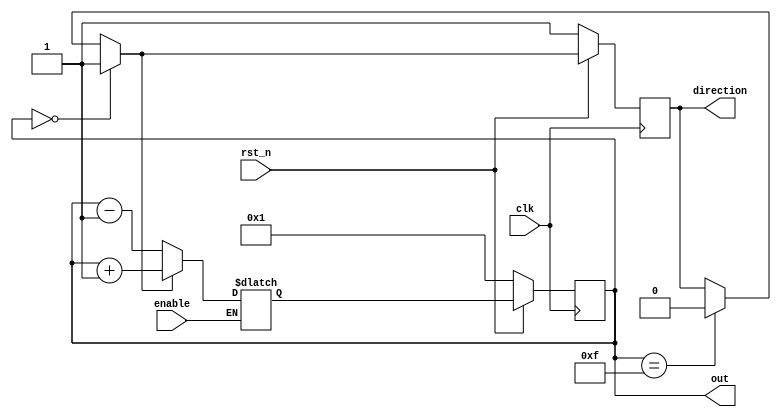
`timescale 1ns/1ps

module Ping_Pong_Counter (clk, rst_n, enable, direction, out);

input clk;
input rst_n;
input enable;
output reg direction;
output reg [4-1:0] out;

reg next_direction;
reg [4-1:0] next_out;


// Sequential Circuit
always @(posedge clk) begin
    if (rst_n == 1'b0) begin
        out <= 4'b0001;
    end
    else begin
        out <= next_out;
    end
end

// Sequential Circuit
always @(posedge clk) begin
    if (rst_n == 1'b0) begin
        direction <= 1'b1;
    end
    else begin
        direction <= next_direction;
    end
end

// Combinational Circuit
// determine next direction by last 'out'
always @(*) begin
    if (out == 4'b0000) begin
        next_direction = 1'b1;
    end
    else if (out == 4'b1111) begin
        next_direction = 1'b0;
    end
    else begin
        next_direction = direction;
    end
end

// Combinational Circuit
// determine next out by next direction
always @(*) begin
    if (enable == 1'b1) begin
        if (next_direction == 1'b1) begin
            next_out = out + 4'b1;
        end
        else begin
            next_out = out - 4'b1;
        end
    end
    else begin
        next_out = next_out;
    end
end

endmodule